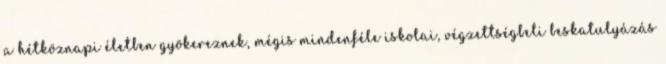
a hétköznapi életben gyökereznek, mégis mindenféle iskolai, végzettségbeli beskatulyázás